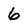
Character: 6